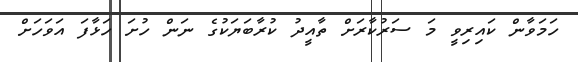
ހަމަވާން ކައިރިވީ މަ ސަރުކާރަށް ތާއީދު ކުރާބަޔަކުގެ ނަން ހުށަ ހަޅާފަ އަވަހަށް